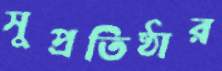
সুপ্রতিষ্ঠার